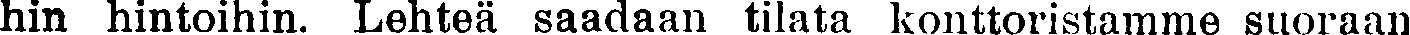
hin hintoihin. Lehteä saadaan tilata konttoristamme suoraan